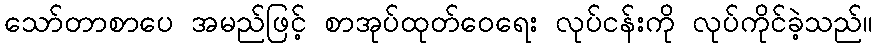
သော်တာစာပေ အမည်ဖြင့် စာအုပ်ထုတ်ဝေရေး လုပ်ငန်းကို လုပ်ကိုင်ခဲ့သည်။